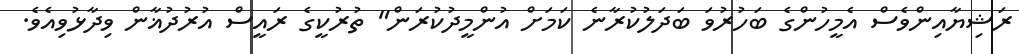
ރަޝިޔާއިންވެސް އެމީހުންގެ ބަހުރުވަ ބަދަލުކުރާނެ ކަމަށް އުންމީދުކުރަން" ތުރުކީގެ ރައީސް އުރުދުޣާން ވިދާޅުވިއެވެ.